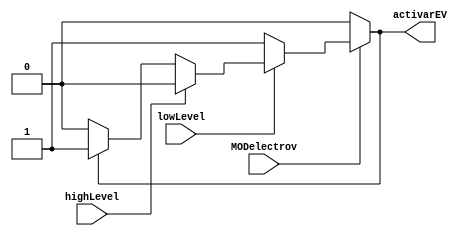
module Electrovalvula(lowLevel, highLevel, MODelectrov, activarEV);
	input wire lowLevel;		// Nivel de agua del tanque alto (5 %)
	input wire highLevel;		// Nivel de agua del tanque alto (90 %)
	input wire MODelectrov;
	output wire activarEV;		// Indica cuando se activa la electrovlvula

	wire alto;
	wire bajo;
	wire onOffEV;
	
	
	//		highLevel == 1 cuando el nivel > 90 %
	//		highLevel == 0 cuando el nivel < 90 %
	//		lowLevel  == 0 cuando el nivel <  5 %
	//		lowLevel  == 1 cuando el nivel >  5 %

	//		if(highLevel && lowLevel)		Tanque lleno, activarEV = 0 
	//		if(highLevel && !lowLevel)		No ocurre porque el nivel no puede ser < 5 % y > 90 %
	//		if(!highLevel && lowLevel)		Si se est vaciando activarEV = 0, si se est llenando activarEV = 1
	//		if(!highLevel && !lowLevel)		Tanque vaco, activarEV = 1


	assign activarEV = (MODelectrov) ? bajo : 1'b0;

	assign bajo = (lowLevel) ? alto : 1'b1;

	assign alto = (highLevel) ? 1'b0: onOffEV;

	assign onOffEV = (activarEV) ? 1'b1 : 1'b0;

endmodule